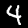
Digit: 4